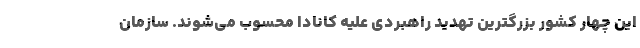
این چهار کشور بزرگترین تهدید راهبردی علیه کانادا محسوب می‌شوند. سازمان